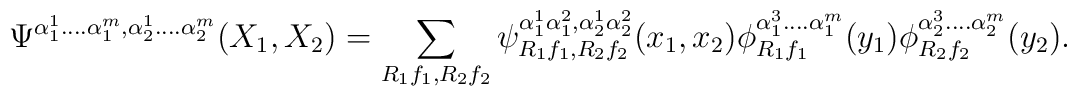
\Psi^{\alpha_1^1....\alpha_1^m,\alpha_2^1....\alpha_2^m}(X_1,X_2)=\sum_{R_1 f_1,R_2 f_2}\psi^{\alpha_1^1 \alpha_1^2,\alpha_2^1 \alpha_2^2}_{R_1 f_1,R_2 f_2}(x_1,x_2)\phi^{\alpha_1^3....\alpha_1^m}_{R_1f_1}(y_1)\phi^{\alpha_2^3....\alpha_2^m}_{R_2f_2}(y_2).